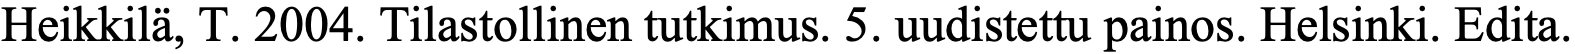
Heikkilä, T. 2004. Tilastollinen tutkimus. 5. uudistettu painos. Helsinki. Edita.